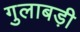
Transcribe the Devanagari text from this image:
गुलाबड़ी